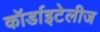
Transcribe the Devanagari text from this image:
कॉर्डाइटेलीज